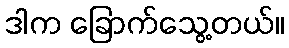
ဒါက ခြောက်သွေ့တယ်။